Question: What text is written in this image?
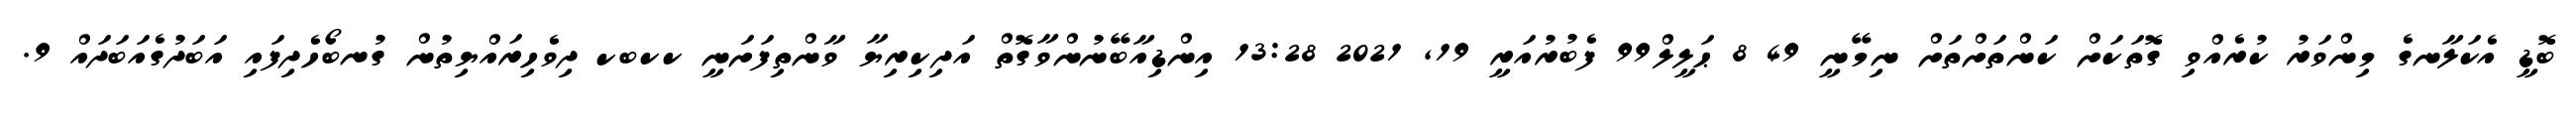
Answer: ބޮޑީ އެކަލާނގެ މިންވަރު ކުރެއްވި ގޮތަކަށް ކަންތަށްތަށް ނިމޭނީ 49 8 ޙަލީލް99 ފެބުރުއަރީ 19, 2021 13:28 އިންޑިއާބޭނުންވާގޮތް އަދިކިރިޔާ ވާންތިފަށަނީ ކކބކ ދިވެހިރައްޔިތުން ގުނބޯހެދިފައި އަބަދުގެއަބަދައް 9.